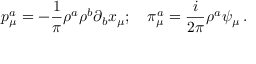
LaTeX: p _ { \mu } ^ { a } = - \frac { 1 } { \pi } \rho ^ { a } \rho ^ { b } \partial _ { b } x _ { \mu } ; \quad \pi _ { \mu } ^ { a } = \frac { i } { 2 \pi } \rho ^ { a } \psi _ { \mu } \, .